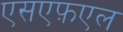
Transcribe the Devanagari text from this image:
एसएफ़एल